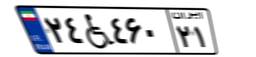
۵۲W۴۹۹۱۳